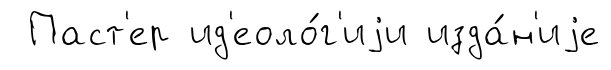
Паст'ер ид'еоло́г'иjи изда́н'иjе